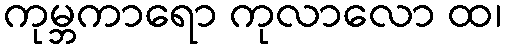
ကုမ္ဘကာရော ကုလာလော ထ၊